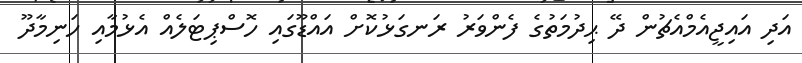
އަދި އައިޖީއެމްއެޗުން ދޭ ޙިދުމަތުގެ ފެންވަރު ރަނގަޅުކޮށް އައްޑޫގައި ހޮސްޕިޓަލެއް އެޅުމާއި ހަނިމާދޫ